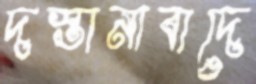
দস্তানাবাদে